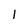
Character: I